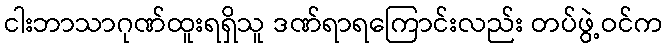
ငါးဘာသာဂုဏ်ထူးရရှိသူ ဒဏ်ရာရကြောင်းလည်း တပ်ဖွဲ့ဝင်က